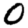
Digit: 0